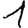
Digit: 1